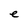
Character: e